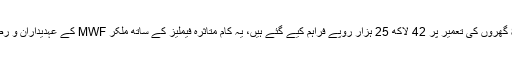
جبکہ نوشہرہ میں 85 گھروں کی تعمیر پر 42 لاکھ 25 ہزار روپے فراہم کیے گئے ہیں، یہ کام متاثرہ فیملیز کے ساتھ ملکر MWF کے عہدیداران و رضاکاران کر رہے ہیں۔